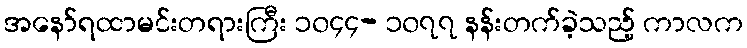
အနော်ရထာမင်းတရားကြီး ၁၀၄၄- ၁၀၇၇ နန်းတက်ခဲ့သည့် ကာလက